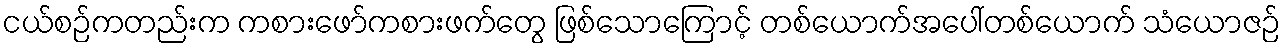
ငယ်စဉ်ကတည်းက ကစားဖော်ကစားဖက်တွေ ဖြစ်သောကြောင့် တစ်ယောက်အပေါ်တစ်ယောက် သံယောဇဉ်